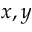
x , y